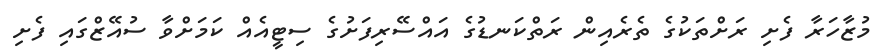
މުޒާހަރާ ފެށި ރަށްތަކުގެ ތެރެއިން ރަތްކަނޑުގެ އައްސޭރިފަށުގެ ސިޓީއެއް ކަމަށްވާ ސުއޭޒްގައި ފެށި